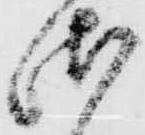
御